Annual report on the health of the army in India
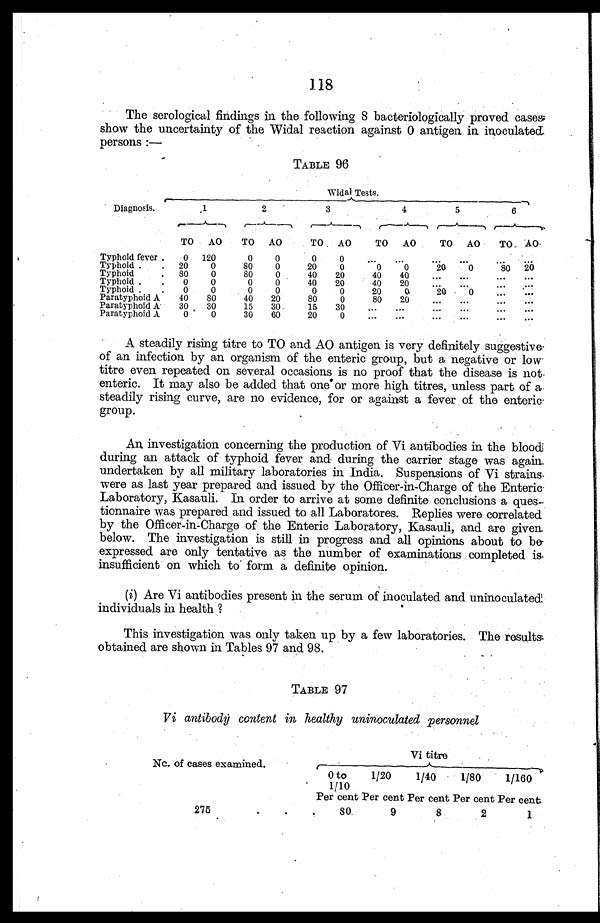
118
The serological findings in the following 8 bacteriologically proved cases
show the uncertainty of the Widal reaction against 0 antigen in inoculated
persons :—
TABLE 96
Diagnosis.
Widal Tests.
1
2
3
4
5
6
TO
AO
TO
AO
TO
AO
TO
AO
TO
AO
TO AO
Typhoid fever . . .
0
120
0
0
0
0
. . .
. . . . . . . . .
. . . . . .
Typhoid . . ..
20
0
80
0
20
0
0
0
20
0
80
20
Typhoid . . .
80
0
80
0
40
20
40
40
. . .
. . .
. . .
. . .
Typhoid . . .
0
0
0
0
40
20
40
20
. . .
. . .
. . .
. . .
Typhoid . . .
0
0
0
0
0
0
20
0
20
0
. . .
. . .
Paratyphoid A
40
80
40
20
80
0
80
20
. . .
. . .
. . .
. . .
Paratyphoid A
30
30
15
30
15
30
. . .
. . .
. . .
. . .
. .
. . .
Paratyphoid A
0
0
30
60
20
0
. . .
. . .
. . .
. . .
. . .
. . .
•
A steadily rising titre to TO and AO antigen is very definitely suggestive
of an infection by an organism of the enteric group, but a negative or low
titre even repeated on several occasions is no proof that the disease is not
enteric. It may also be added that one or more high titres, unless part of a
steadily rising curve, are no evidence, for or against a fever of the enteric
group.
An investigation concerning the production of Vi antibodies in the blood
during an attack of typhoid fever and during the carrier stage was again
undertaken by all military laboratories in India. Suspensions of Vi strains.
were as last year prepared and issued by the Officer-in-Charge of the Enteric
Laboratory, Kasauli. In order to arrive at some definite conclusions a ques
-
tionnaire was prepared and issued to all Laboratores. Replies were correlated
by the Officer-in-Charge of the Enteric Laboratory, Kasauli, and are given
below. The investigation is still in progress and all opinions about to be
expressed are only tentative as the number of examinations completed is
insufficient on which to form a definite opinion.
( i ) Are Vi antibodies present in the serum of inoculated and uninoculated
individuals in health ?
This investigation was only taken up by a few laboratories. The results
obtained are shown in Tables 97 and 98.
T
ABLE 97
V
i antibody content in healthy uninoculated personnel
No. of cases examined.
Vi titre
0 to
1/10
1/20
1/40
1/80
1/160
Percent Per cent Per cent Per cent Per cent
275 . . .
80
9
8
2
1